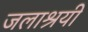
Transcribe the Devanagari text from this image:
जलाश्रयी